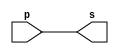
//--------------------------------------
//Exemplo0001 - buffer
//Nome: Rafael Guimaraes de Sousa
//Matrcula: 451607
//---------------------------------------

//------------------
//-- buffer
//------------------

module buffer(output s, input p);
	assign s = p; //criar vnculo permanente
						//(dependncia)
endmodule //buffer

//----------------
//-- test buffer
//----------------

module testbuffer;
//------------- dados locais
	reg a; //definir registrador
				//(varivel independente)
	wire s; //definir conexo(fio)
				//(varivel dependente)

//------------------- instancia
	buffer BF1(s,a);
//-------------------- preparao
	initial begin:start
		a=0; //valor inicial
	end
//--------------------- parte principal
	initial begin:main
			//execuo unitria
		$display("Exemplo0001 - Rafael Guimaraes de Sousa - 451607");
		$display("Test buffer");
		$display("\t	time\ta = s");
			 //execuo permanente
		$monitor("%d\t%b = %b", $time,a,s);
			//apos uma unidade de tempo
			//mudar o valor do registrador para 0
		#1 a=1;
			//aps duas unidades de tempo
			//mudar o valor do registrador para 1
		#2 a=0;
	end

endmodule //testbuffer